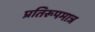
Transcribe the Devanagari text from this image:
प्रतिरूपमात्र